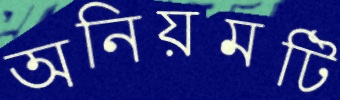
অনিয়মটি